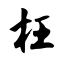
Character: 枉